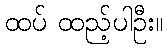
ထပ် ထည့်ပါဦး။